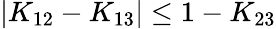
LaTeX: |K_{12}-K_{13}|\le 1-K_{23}